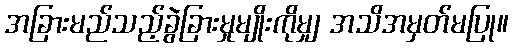
အခြားမည်သည့်ခွဲခြားမှုမျိုးကိုမျှ အသိအမှတ်မပြု။